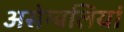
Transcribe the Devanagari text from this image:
असेम्बलियां